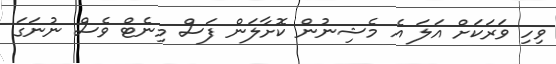
ވިހި ވަރަކަށް އަލަ އެ މެޝިނުން ކޮށާލަން ފަސް މިނެޓް ވެސް ނުނަގަ